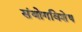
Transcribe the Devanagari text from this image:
संयोगविशेष